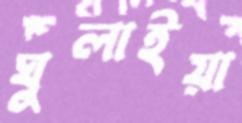
ঘুলাইয়া